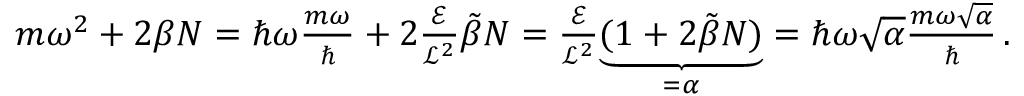
\begin{array} { r } { m \omega ^ { 2 } + 2 \beta N = \hbar \omega \frac { m \omega } { \hbar } + 2 \frac { \mathcal { E } } { \mathcal { L } ^ { 2 } } \tilde { \beta } N = \frac { \mathcal { E } } { \mathcal { L } ^ { 2 } } \underset { = \alpha } { \underbrace { ( 1 + 2 \tilde { \beta } N ) } } = \hbar \omega \sqrt { \alpha } \frac { m \omega \sqrt { \alpha } } { \hbar } \, . } \end{array}